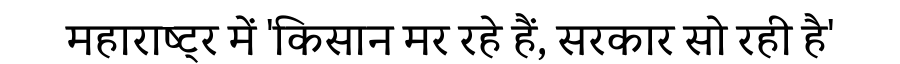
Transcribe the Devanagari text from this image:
महाराष्ट्र में 'किसान मर रहे हैं, सरकार सो रही है'